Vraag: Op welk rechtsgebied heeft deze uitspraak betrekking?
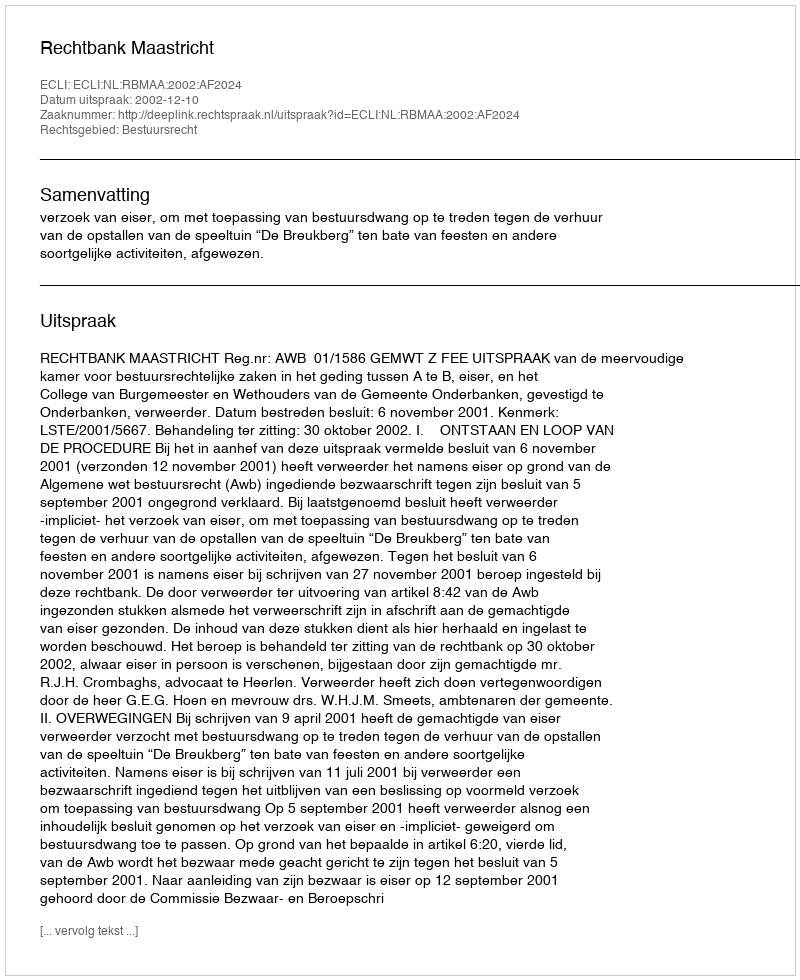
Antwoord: Bestuursrecht